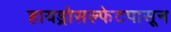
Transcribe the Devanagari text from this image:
हायड्रोसल्फेटपासून